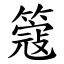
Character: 簆